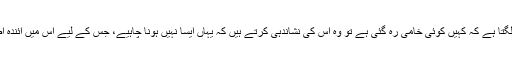
اگر کہیں پر آڈیٹرس کو ایسا لگتا ہے کہ کہیں کوئی خامی رہ گئی ہے تو وہ اس کی نشاندہی کرتے ہیں کہ یہاں ایسا نہیں ہونا چاہیے، جس کے لیے اس میں آئندہ اصلاح بھی کی جا سکتی ہے۔